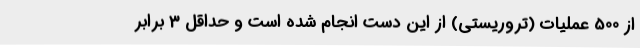
از 500 عملیات (تروریستی) از این دست انجام شده است و حداقل 3 برابر